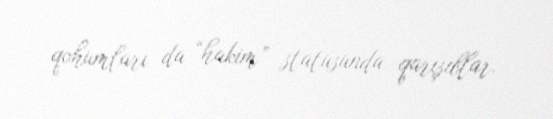
qohumları da “hakim” statusunda qarışıblar.